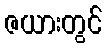
ဇယားတွင်